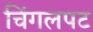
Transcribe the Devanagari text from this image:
चिंगलपट